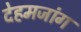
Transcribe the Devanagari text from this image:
देहमजांग